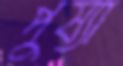
পুষ্যা